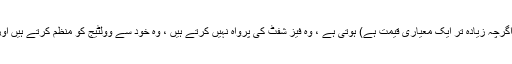
آف گرڈ کنورٹرس کی اپنی الگ الگ تعدد (اگرچہ زیادہ تر ایک معیاری قیمت ہے) ہوتی ہے ، وہ فیز شفٹ کی پرواہ نہیں کرتے ہیں ، وہ خود سے وولٹیج کو منظم کرتے ہیں اور عام حفاظتی قواعد پر عمل پیرا ہوتے ہیں۔